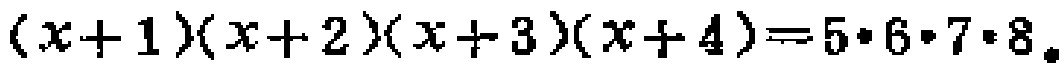
\((x + 1)(x + 2)(x + 3)(x + 4)=5\cdot6\cdot7\cdot8\)